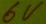
Text: 6V